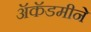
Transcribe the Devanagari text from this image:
ॲकॅडमीने